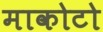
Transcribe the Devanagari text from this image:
माकोटो